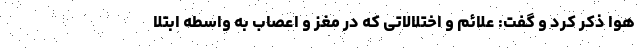
هوا ذکر کرد و گفت: علائم و اختلالاتی که در مغز و اعصاب به واسطه ابتلا